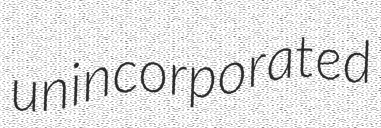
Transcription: unincorporated